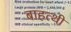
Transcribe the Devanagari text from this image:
बाहत्थी